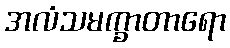
အလံသမက္ခာတာရော